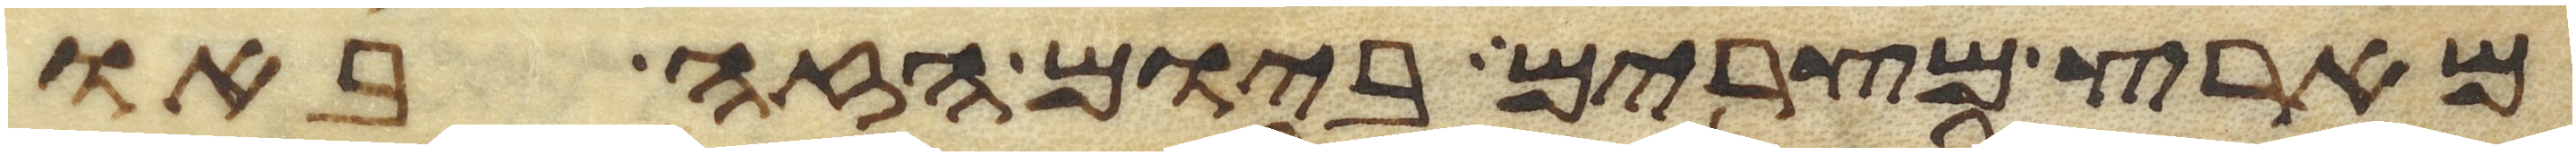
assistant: מארץ מצרים ביום הזה באו